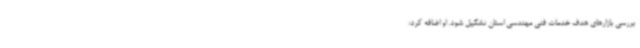
بررسی بازارهای هدف خدمات فنی مهندسی استان تشکیل شود. او اضافه کرد: